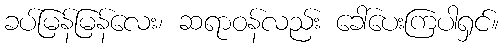
ခပ်မြန်မြန်လေး၊ ဆရာဝန်လည်း ခေါ်ပေးကြပါရှင်။